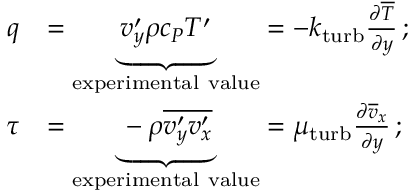
{ \begin{array} { r l } { q } & { = \underbrace { v _ { y } ^ { \prime } \rho c _ { P } T ^ { \prime } } _ { \mathrm { e x p e r i m e n t a l ~ v a l u e } } = - k _ { \mathrm { t u r b } } { \frac { \partial { \overline { { T } } } } { \partial y } } \, ; } \\ { \tau } & { = \underbrace { - \rho { \overline { { v _ { y } ^ { \prime } v _ { x } ^ { \prime } } } } } _ { \mathrm { e x p e r i m e n t a l ~ v a l u e } } = \mu _ { \mathrm { t u r b } } { \frac { \partial { \overline { { v } } } _ { x } } { \partial y } } \, ; } \end{array} }